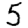
Digit: 5